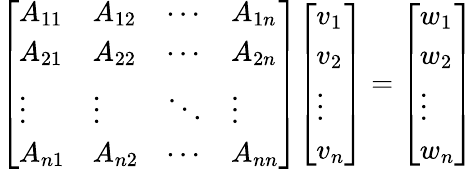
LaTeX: {\left[\begin{array}{llll}{A_{11}}&{A_{12}}&{\cdots}&{A_{1n}}\\ {A_{21}}&{A_{22}}&{\cdots}&{A_{2n}}\\ {\vdots}&{\vdots}&{\ddots}&{\vdots}\\ {A_{n1}}&{A_{n2}}&{\cdots}&{A_{nn}}\end{array}\right]}{\left[\begin{array}{l}{v_{1}}\\ {v_{2}}\\ {\vdots}\\ {v_{n}}\end{array}\right]}={\left[\begin{array}{l}{w_{1}}\\ {w_{2}}\\ {\vdots}\\ {w_{n}}\end{array}\right]}